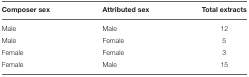
| Composer sex | Attributed sex | Total extracts |
 | --- | --- | --- |
 | Male | Male | 12 |
 | Male | Female | 5 |
 | Female | Female | 3 |
 | Female | Male | 15 |